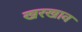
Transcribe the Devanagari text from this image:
खरखाव